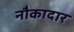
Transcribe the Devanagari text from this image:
नौकादार